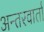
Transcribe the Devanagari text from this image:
अन्तरवार्ता